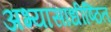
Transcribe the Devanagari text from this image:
अभ्यासाधीष्ठित